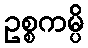
ဥစ္စကမ္ပိ